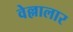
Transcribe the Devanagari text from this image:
वेल्लालार